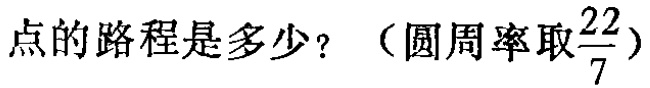
点的路程是多少？（圆周率取\(\frac{22}{7}\)）